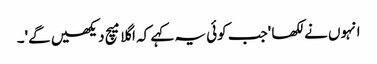
انہوں نے لکھا 'جب کوئی یہ کہے کہ اگلا میچ دیکھیں گے'۔